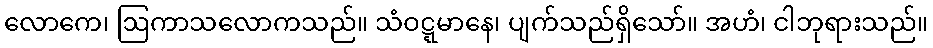
လောကေ၊ ဩကာသလောကသည်။ သံဝဋ္ဋမာနေ၊ ပျက်သည်ရှိသော်။ အဟံ၊ ငါဘုရားသည်။